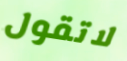
لاتقول